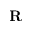
\mathbf R